Tezpur Lunatic Asylum reports 1895-1904 - 1895-1904
Year: 1895
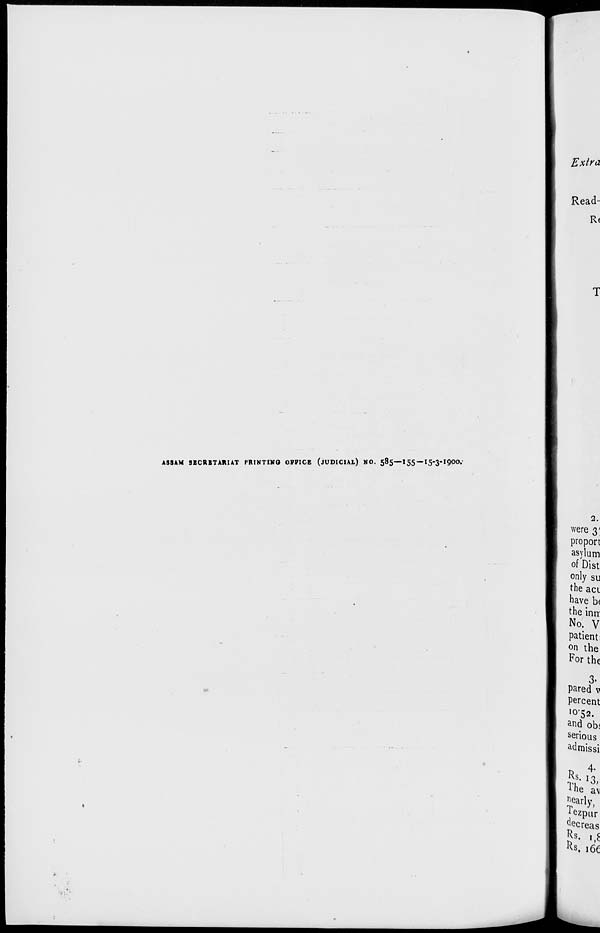
ASSAM SECRETARIAT PRINTING OFFICE (JUDICIAL) NO. 585— 155 — 15-3-1900.